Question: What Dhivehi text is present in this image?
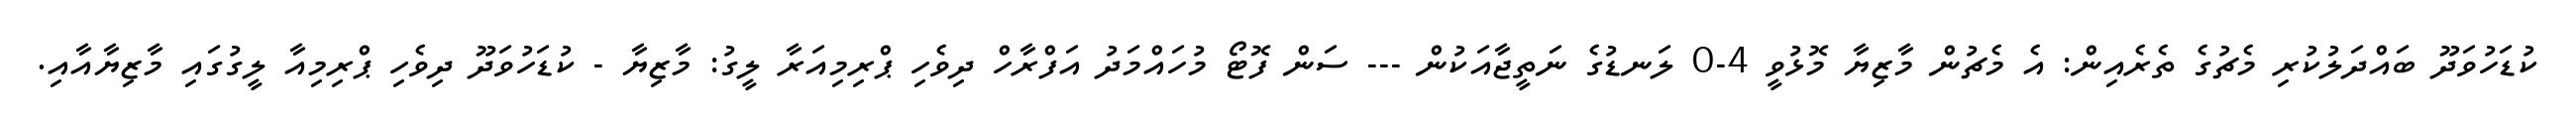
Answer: ކުޑަހުވަދޫ ބައްދަލުކުރި މެޗުގެ ތެރެއިން: އެ މެޗުން މާޒިޔާ މޮޅުވީ 4-0 ލަނޑުގެ ނަތީޖާއަކުން --- ސަން ފޮޓޯ މުހައްމަދު އަފްރާހް ދިވެހި ޕްރިމިއަރާ ލީގު: މާޒިޔާ - ކުޑަހުވަދޫ ދިވެހި ޕްރިމިއާ ލީގުގައި މާޒިޔާއާއި.